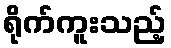
ရိုက်ကူးသည့်